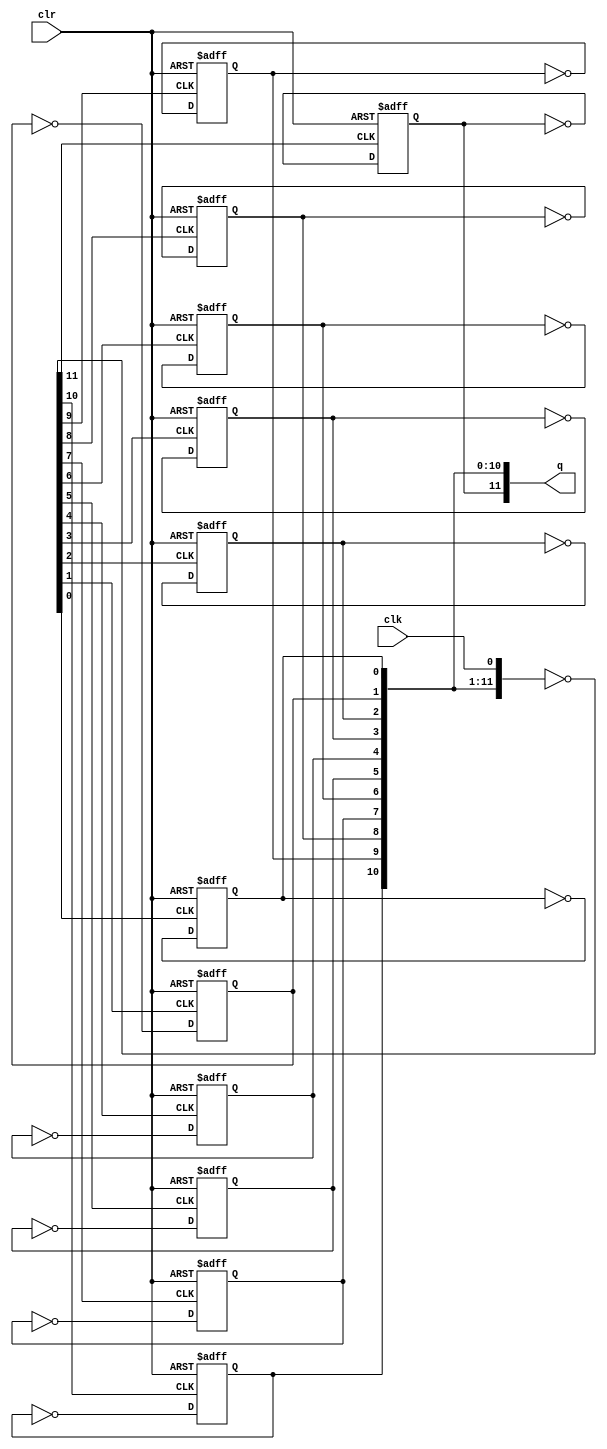
`timescale 1ns/1ns
module counter_744040
(
  clk,
  clr,
  q,
);

input wire clk;
input wire clr;
output reg [11:0] q;

wire [11:0] ripple_clock = ~{q[10:0], clk};

genvar i;
generate
  for (i = 0; i < 12; i = i + 1) begin
    always @(posedge clr or posedge ripple_clock[i]) begin
      if (clr) begin
        q[i] <= #17 1'b0;
      end else if (ripple_clock[i]) begin
        q[i] <= #10 ~q[i];
      end
    end
  end
endgenerate

endmodule